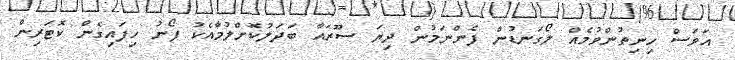
އަވަސް ހިނިތުންވުމެއް ލޯގަނޑުން ފެންނަމުން ދިޔަ ސޫރައާ ބަދަލުކޮށްލުމާއެކު ފޯނު ހިފައިގެން ކޮޓަރިން